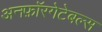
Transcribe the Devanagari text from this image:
अनफ़ॉरगेटेबल्स